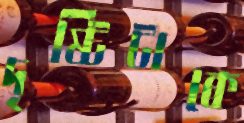
দৃষ্টিটাকে